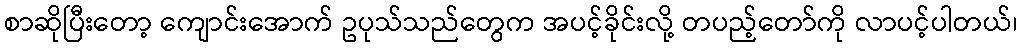
စာဆိုပြီးတော့ ကျောင်းအောက် ဥပုသ်သည်တွေက အပင့်ခိုင်းလို့ တပည့်တော်ကို လာပင့်ပါတယ်၊